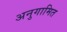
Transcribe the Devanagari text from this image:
अनुगामित